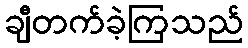
ချီတက်ခဲ့ကြသည်